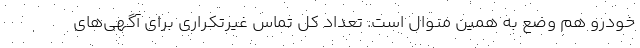
خودرو هم وضع به همین منوال است. تعداد کل تماس غیرتکراری برای آگهی‌های